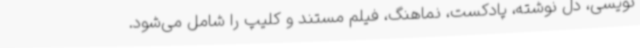
‌نویسی، دل نوشته، پادکست، نماهنگ، فیلم مستند و کلیپ را شامل می‌شود.